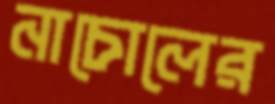
নাচোলের